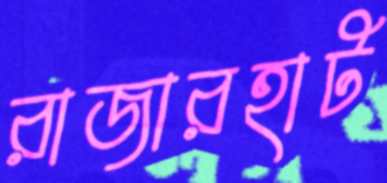
রাজারহাট